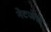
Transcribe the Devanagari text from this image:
नेटजेरो